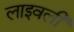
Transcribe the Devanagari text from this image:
लाइवली